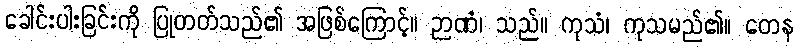
ခေါင်းပါးခြင်းကို ပြုတတ်သည်၏ အဖြစ်ကြောင့်။ ဉာဏံ၊ သည်။ ကုသံ၊ ကုသမည်၏။ တေန